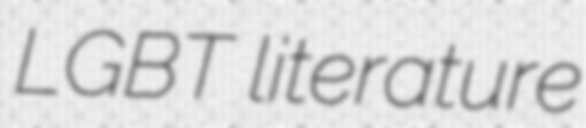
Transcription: LGBT literature